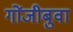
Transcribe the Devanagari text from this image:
गोंजीबुवा